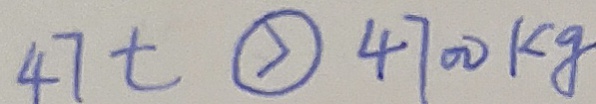
4 7 t \textcircled { > } 4 7 0 0 k g